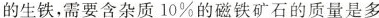
的生铁，需要含杂质 10%的磁铁矿石的质量是多